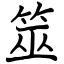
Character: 筮